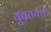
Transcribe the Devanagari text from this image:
युवतयः।।